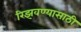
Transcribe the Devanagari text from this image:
रिझवण्यासाठी